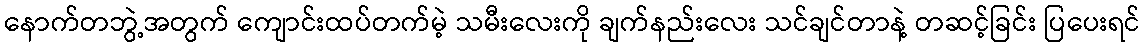
နောက်တဘွဲ့အတွက် ကျောင်းထပ်တက်မဲ့ သမီးလေးကို ချက်နည်းလေး သင်ချင်တာနဲ့ တဆင့်ခြင်း ပြပေးရင်